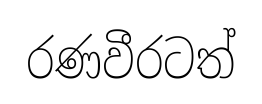
රණවීරටත්